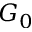
G _ { 0 }